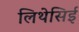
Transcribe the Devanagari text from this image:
लिथेसिई